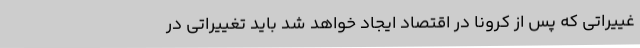
غییراتی که پس از کرونا در اقتصاد ایجاد خواهد شد باید تغییراتی در